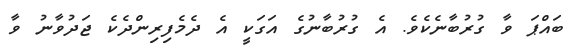
ބައްޕަ ވާ ގުރުބާނެކެވެ. އެ ގުރުބާނުގެ އަގަކީ އެ ދެމެފިރިންދެކެ ޖަދުވާނު ވާ